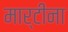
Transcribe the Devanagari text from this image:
मार्टीना